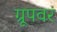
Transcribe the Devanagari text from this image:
ग्रूपवर